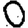
Digit: 0